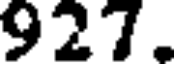
927.